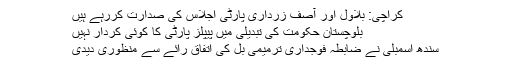
کراچی: بلاول اور آصف زرداری پارٹی اجلاس کی صدارت کررہے ہیں
بلوچستان حکومت کی تبدیلی میں پیپلز پارٹی کا کوئی کردار نہیں
سندھ اسمبلی نے ضابطہ فوجداری ترمیمی بل کی اتفاق رائے سے منظوری دیدی